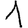
Digit: 1